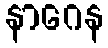
နာဂေန